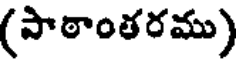
(పాఠాంతరము)